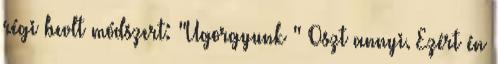
régi bevlt módszert: "Ugorgyunk " Oszt annyi. Ezért én